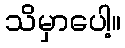
သိမှာပေါ့။